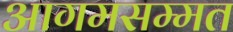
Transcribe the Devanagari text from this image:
आगमसम्मत